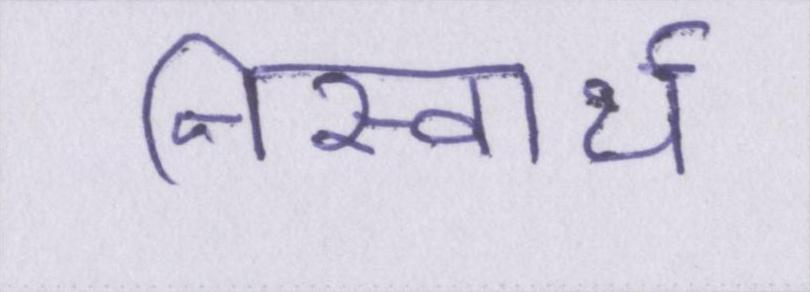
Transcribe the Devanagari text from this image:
निस्वार्थ